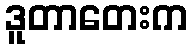
ဒူတာတေးက